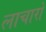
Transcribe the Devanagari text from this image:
लाचारों